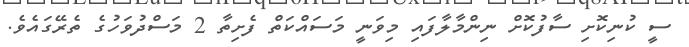
ސީ ކުނިކޮށި ސާފުކޮށް ނިންމާލާފައި މިވަނީ މަސައްކަތް ފެށިތާ 2 މަސްދުވަހުގެ ތެރޭގައެވެ.